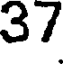
37